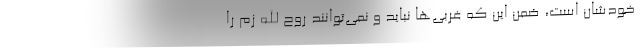
خودشان است، ضمن این که غربی‌ها نباید و نمی‌توانند روح الله زم را